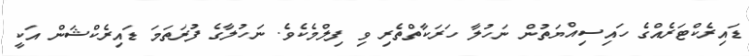
ޑައިރެކްޓަރެއްގެ ހައިސިއްޔަތުން ނަހުލާ ހަރަކާތްތެރި ވި ފިލްމެކެވެ. ނަހުލާގެ ފުރަތަމަ ޑައިރެކްޝަން އަކީ